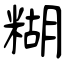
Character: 糊